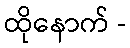
ထိုနောက် -